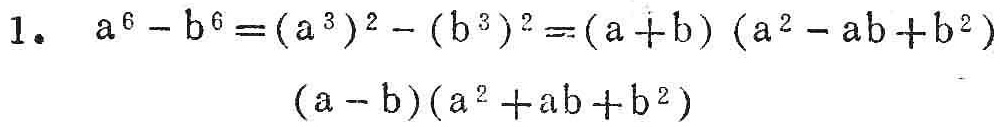
1. \(a^{6}-b^{6}=(a^{3})^{2}-(b^{3})^{2}=(a + b)(a^{2}-ab + b^{2})(a - b)(a^{2}+ab + b^{2})\)